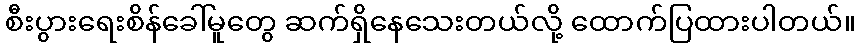
စီးပွားရေးစိန်ခေါ်မူတွေ ဆက်ရှိနေသေးတယ်လို့ ထောက်ပြထားပါတယ်။